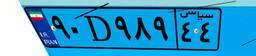
۸۷D۷۰۷۷۶